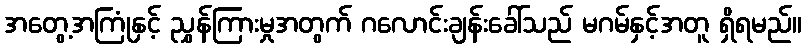
အတွေ့အကြုံနှင့် ညွှန်ကြားမှုအတွက် ဂလောင်းချန်းခေါ်သည် မဂမ်နှင့်အတူ ရှိရမည်။